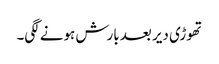
تھوڑی دیر بعد بارش ہونے لگی۔